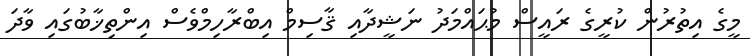
މީގެ އިތުރުން ކުރީގެ ރައީސް މުޙައްމަދު ނަޝީދާއި ޤާސިމް އިބްރާހިމްވެސް އިންތިޚާބުގައި ވާދަ